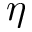
\eta